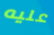
عليه